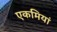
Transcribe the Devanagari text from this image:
एकमियां